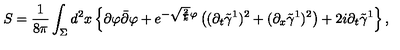
S = \frac { 1 } { 8 \pi } \int _ { \Sigma } d ^ { 2 } x \left\{ \partial \varphi \bar { \partial } \varphi + e ^ { - \sqrt { \frac { 2 } { k } } \varphi } \left( ( \partial _ { t } \tilde { \gamma } ^ { 1 } ) ^ { 2 } + ( \partial _ { x } \tilde { \gamma } ^ { 1 } ) ^ { 2 } \right) + 2 i \partial _ { t } \tilde { \gamma } ^ { 1 } \right\} ,